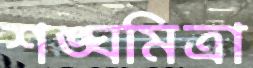
শঙ্ঘমিত্রা